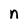
Character: n